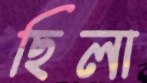
ছিলা